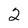
Character: 2